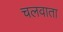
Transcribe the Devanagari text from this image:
चलवाता